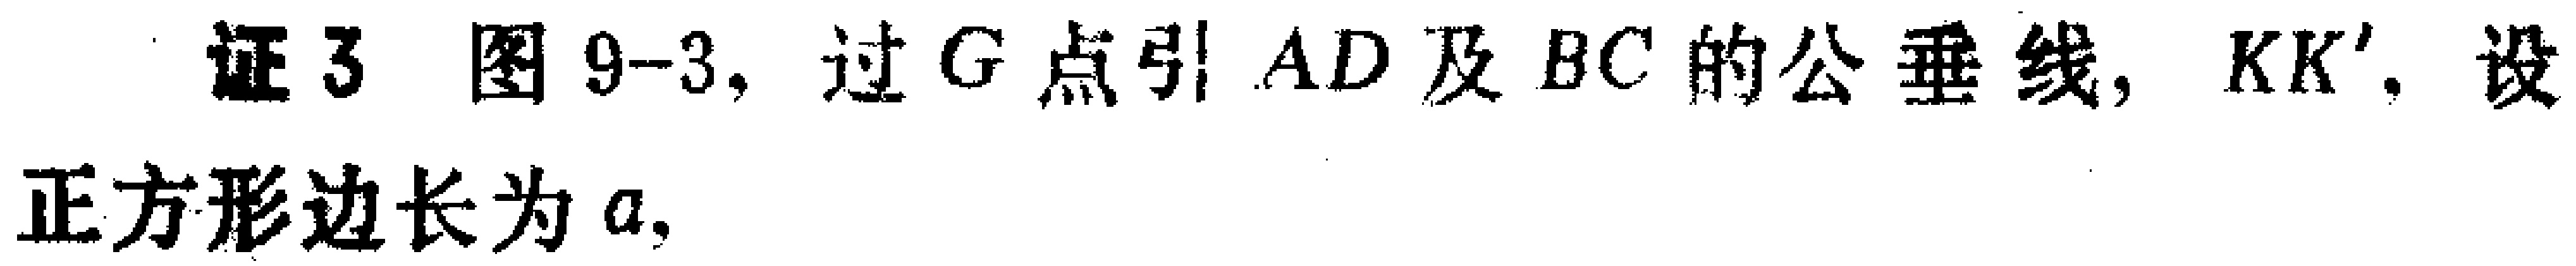
证3 图9-3, 过\(G\)点引\(AD\)及\(BC\)的公垂线, \(KK'\). 设正方形边长为\(a\)，